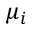
\mu _ { i }